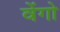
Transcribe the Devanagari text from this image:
वेंगो